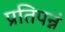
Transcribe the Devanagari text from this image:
प्रतिपन्नं